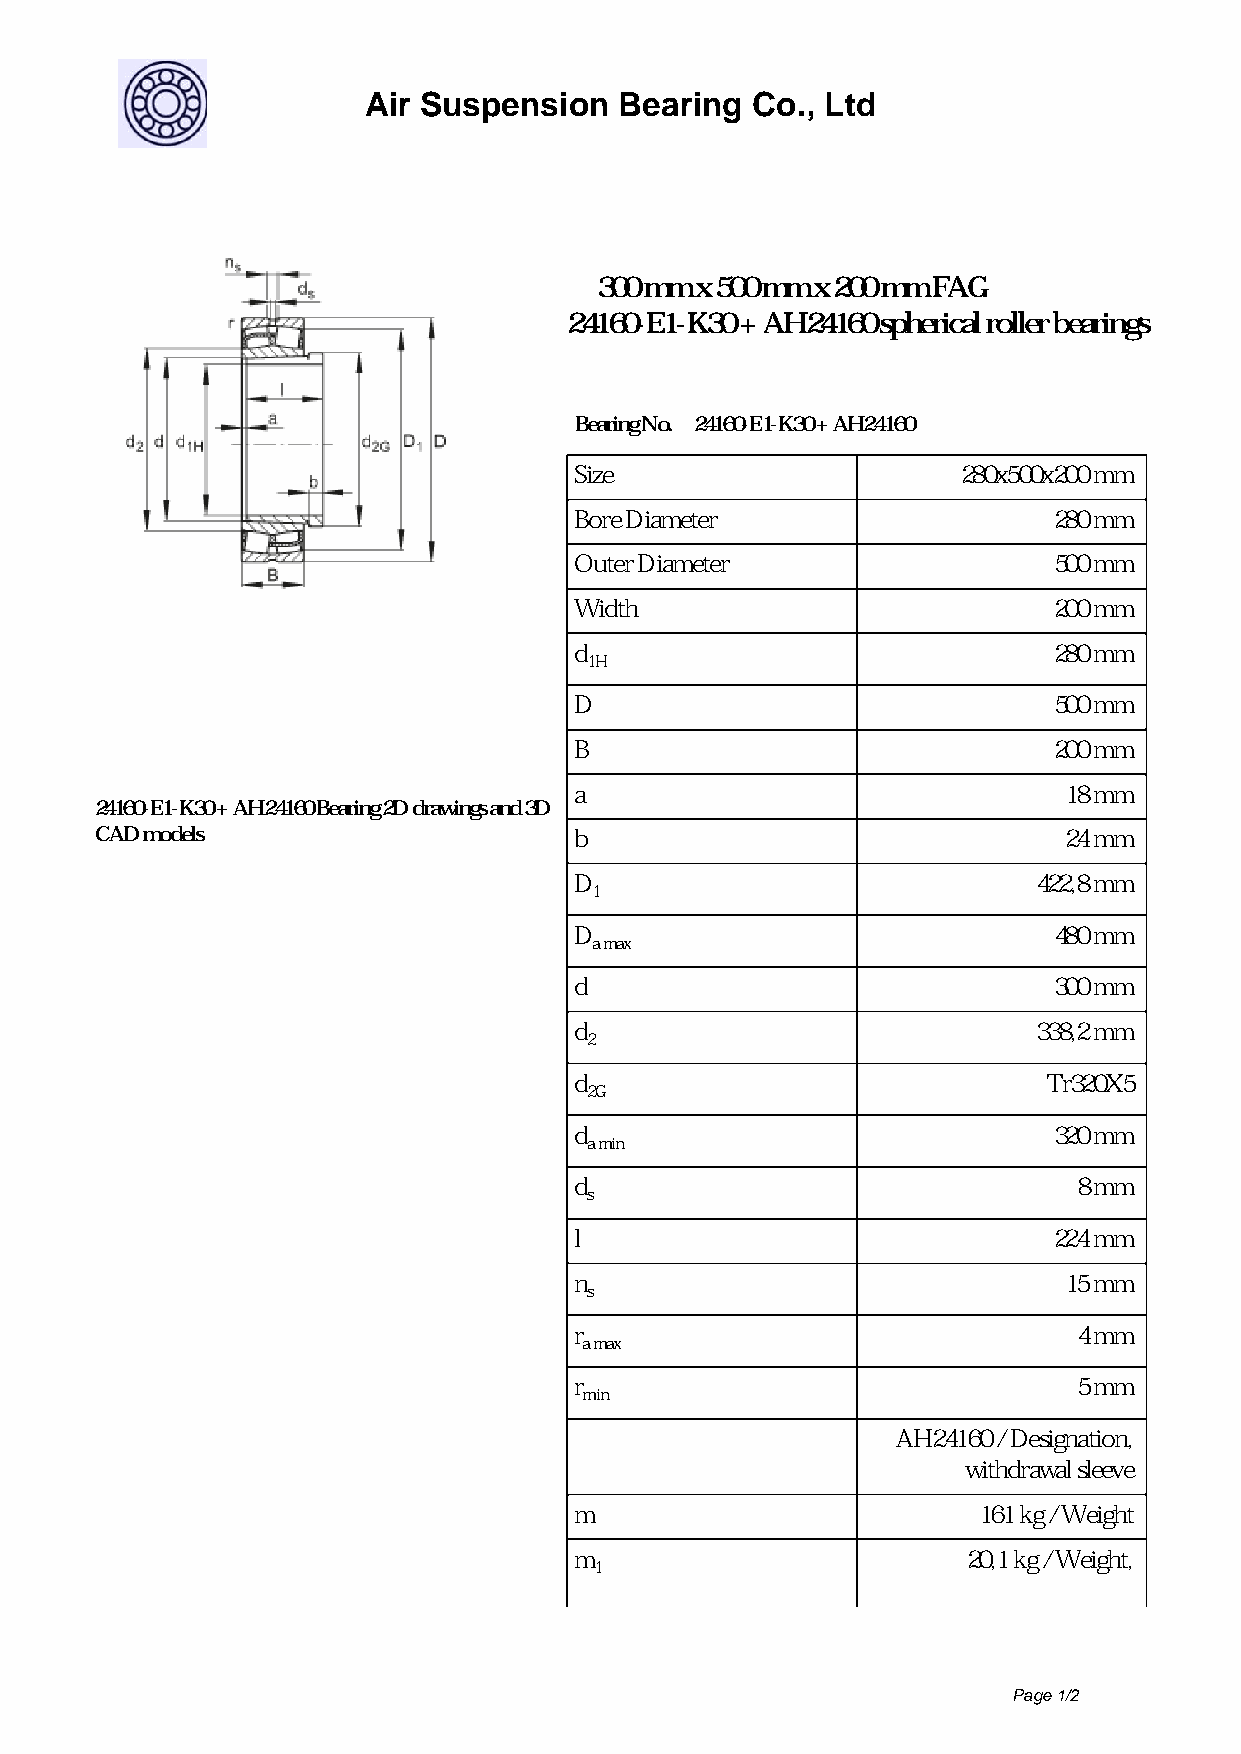
Air Suspension   Bearing  Co., Ltd
 300 mm x 500 mm x 200 mm FAG
 24160-E1-K30 + AH24160 spherical roller bearings
 Bearing No. 24160-E1-K30 + AH24160
 Size                      280x500x200 mm
 Bore Diameter                   280 mm
 Outer Diameter                  500 mm
 Width                           200 mm
 d                               280 mm
 1H
 D                               500 mm
 B                               200 mm
 a                               18 mm
 24160-E1-K30+AH24160Bearing2Ddrawingsand3D
 CAD models                      b                               24 mm
 D                              422,8 mm
 1
 D                               480 mm
 a max
 d                               300 mm
 d                              338,2 mm
 2
 d                              Tr320X5
 2G
 d                               320 mm
 a min
 d                                8 mm
 s
 l                               224 mm
 n                               15 mm
 s
 r                                4 mm
 a max
 r                                5 mm
 min
 AH24160 / Designation,
 withdrawal sleeve
 m                          161 kg / Weight
 m                         20,1 kg / Weight,
 1
 Page 1/2